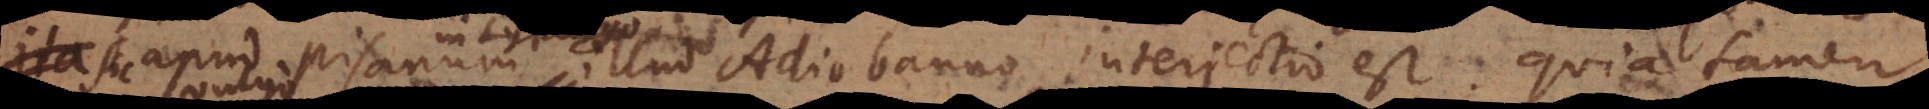
Sic apud Pisanum illud Adiobanno interjectio est. Quia tamen